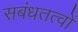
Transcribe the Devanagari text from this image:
सबंधतत्वों